Vital statistics of India. Vol. V, Reports of 1876 on armies & jails and on epidemic cholera
Year: 1876
Disease focus: Cholera
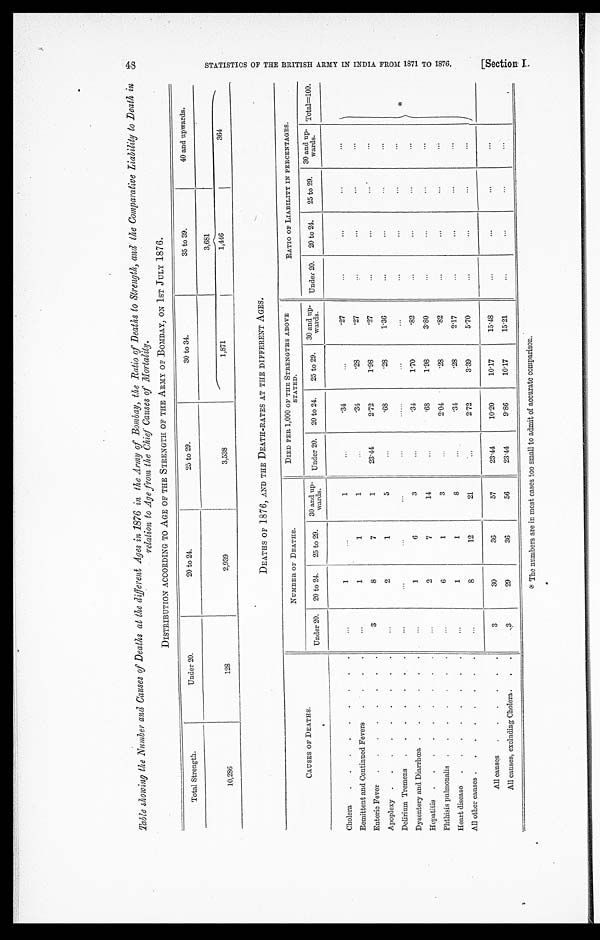
Table showing the Number and Causes of Deaths at the different Ages in 1876 in the Army of Bombay, the Ratio of Deaths to Strength, and the Comparative Liability to Death in
relation to Age from the Chief Causes of Mortality.
DISTRIBUTION ACCORDING TO AGE OF THE STRENGTH OF THE ARMY OF BOMBAY, ON 1ST JULY 1876.
Total Strength.
Under 20.
20 to 24.
25 to 29.
30 to 34.
35 to 39.
40 and upwards.
10,286
128
2,939
3,538
3,681
1,871
1,446
364
DEATHS OF 1876, AND THE DEATH-RATES AT THE DIFFERENT AGES.
CAUSES OF DEATHS.
NUMBER OF DEATHS.
DIED PER 1,000 OF THE STRENGTHS ABOVE
STATED.
RATIO OF LIABILITY IN PERCENTAGES.
Under 20.
20 to 24.
25 to 29.
30 and up
wards.
Under 20.
20 to 24.
25 to 29.
30 and up-
wards.
Under 20.
20 to 24.
25 to 29.
30 and up-
wards.
Total=100.
Cholera . . .
. . .
1
. . .
1
. . .
.34
. . .
.27
. . .
. . .
. . .
. . .
*
Remittent and Continued Fever . . .
. . .
1
1
1
. . .
.34
.28
.27
. . .
. . .
. . .
. . .
Enteric Fever . . .
3
8
7
1
23.44
2.72
1.98
. 2 7
. . .
. . .
. . .
. . .
Apoplexy . . .
. . .
2
1
5
. . .
. 6 8
.28
1. 36
. . .
. . .
. . .
. . .
Delirium Tremens . . .
. . .
. . .
. . .
. . .
. . .
. . .
. . .
. . .
. . .
. . .
. . .
. . .
Dysentery and Diarrhœa . . .
. . .
1
6
3
. . .
.34
1.70
. 8 2
. . .
. . .
. . .
. . .
Hepatitis . . .
. . .
2
7
14
. . .
.68
1.98
3. 80
. . .
. . .
. . .
. . .
Phthisis pulmonalis . . .
. . .
6
1
3
. . .
2.04
.28
.82
. . .
. . .
. . .
. . .
Heart disease . . .
. . .
1
1
8
. . .
.34
.28
2.17
. . .
. . .
. . .
. . .
All other causes . . .
. . .
8
12
21
. . .
2.72
3.39
5.70
. . .
. . .
. . .
. . .
All causes . . .
3
30
3 6
57
23.44
10.20
10.17
15.4
. . .
. . .
. . .
. . .
All causes, excluding Cholera . . .
3
29
36
56
23.44
9.86
10.17
15.21
. . .
. . .
. . .
. . .
The numbers are in most cases too small to admit of accurate comparison.
48
S T A T I S T I C S O F T H E B R I T I S H A R M Y I N I N D I A F R O M 1 8 7 1 T O 1 8 7 6 .
[ S e c t i o n I .